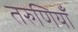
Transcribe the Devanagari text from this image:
तरुणियाँ